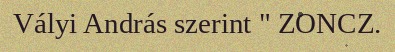
Vályi András szerint " ZONCZ.